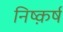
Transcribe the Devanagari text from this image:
निष्क़र्ष